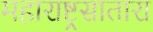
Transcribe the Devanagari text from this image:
महाराष्ट्रसातारा